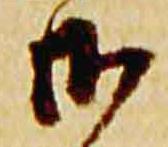
御